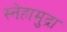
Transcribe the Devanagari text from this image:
स्नेहामुद्रा